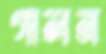
গালন